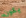
يكون